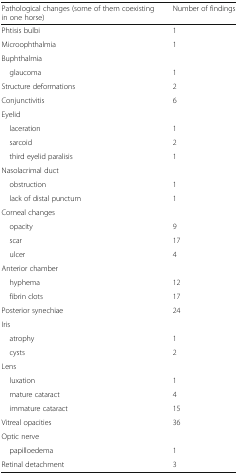
<table><thead><tr><td><b>Pathological changes (some of them coexisting in one horse)</b></td><td><b>Number of findings</b></td></tr></thead><tbody><tr><td>Phtisis bulbi</td><td>1</td></tr><tr><td>Microophthalmia</td><td>1</td></tr><tr><td colspan="2">Buphthalmia</td></tr><tr><td> glaucoma</td><td>1</td></tr><tr><td>Structure deformations</td><td>2</td></tr><tr><td>Conjunctivitis</td><td>6</td></tr><tr><td colspan="2">Eyelid</td></tr><tr><td> laceration</td><td>1</td></tr><tr><td> sarcoid</td><td>2</td></tr><tr><td> third eyelid paralisis</td><td>1</td></tr><tr><td colspan="2">Nasolacrimal duct</td></tr><tr><td> obstruction</td><td>1</td></tr><tr><td> lack of distal punctum</td><td>1</td></tr><tr><td colspan="2">Corneal changes</td></tr><tr><td> opacity</td><td>9</td></tr><tr><td> scar</td><td>17</td></tr><tr><td> ulcer</td><td>4</td></tr><tr><td colspan="2">Anterior chamber</td></tr><tr><td> hyphema</td><td>12</td></tr><tr><td> fibrin clots</td><td>17</td></tr><tr><td>Posterior synechiae</td><td>24</td></tr><tr><td colspan="2">Iris</td></tr><tr><td> atrophy</td><td>1</td></tr><tr><td> cysts</td><td>2</td></tr><tr><td colspan="2">Lens</td></tr><tr><td> luxation</td><td>1</td></tr><tr><td> mature cataract</td><td>4</td></tr><tr><td> immature cataract</td><td>15</td></tr><tr><td>Vitreal opacities</td><td>36</td></tr><tr><td colspan="2">Optic nerve</td></tr><tr><td> papilloedema</td><td>1</td></tr><tr><td>Retinal detachment</td><td>3</td></tr></tbody></table>